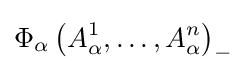
\Phi _{\alpha }\left({A_{\alpha }^{1},\ldots ,A_{\alpha }^{n}}\right)_{-}